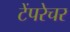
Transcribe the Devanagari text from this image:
टेंपरेचर